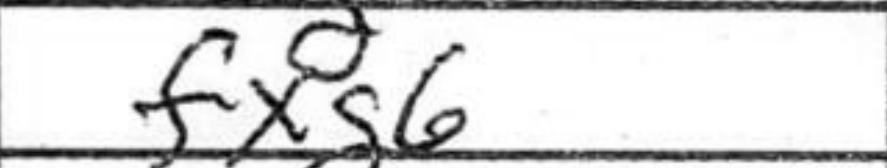
Transcription: fxg6